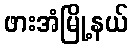
ဖားအံမြို့နယ်